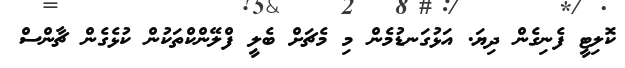
ކޮލިޓީ ފެނިގެން ދިޔަ. އަޅުގަނޑުމެން މި މެޗަށް ބެލީ ފްލޭންކްތަކުން ކުޅެގެން ޗާންސް